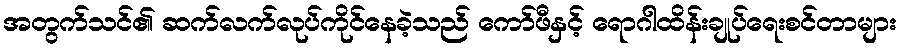
အတွက်သင်၏ ဆက်လက်လုပ်ကိုင်နေခဲ့သည် ကော်ဖီနှင့် ရောဂါထိန်းချုပ်ရေးစင်တာများ